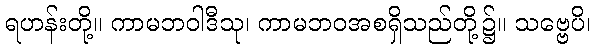
ရဟန်းတို့။ ကာမဘဝါဒီသု၊ ကာမဘဝအစရှိသည်တို့၌။ သဗ္ဗေပိ၊